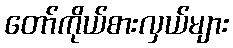
တော်ကိုယ်စားလှယ်များ